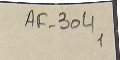
AF-304 1